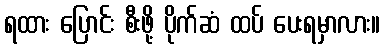
ရထား ပြောင်း စီးဖို့ ပိုက်ဆံ ထပ် ပေးရမှာလား။